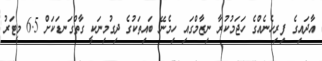
އާދައިގެ ފިރިހެނެއްގެ ހަޖަމުކުރާ ނިޒާމްގައި ހިމެނޭ ބައިތަކުގެ ދިގުމިނަކީ ގާތްގަނޑަކަށް 6.5 މީޓަރު